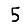
Digit: 5